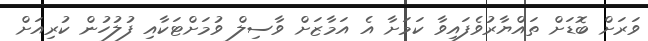
ވަރަށް ބޮޑަށް ތައްޔާރުވެފައިވާ ކަމަށާ އެ އަމާޒަށް ވާސިލް ވުމަށްޓަކާއި ފުލުހުން ކުރިއަށް